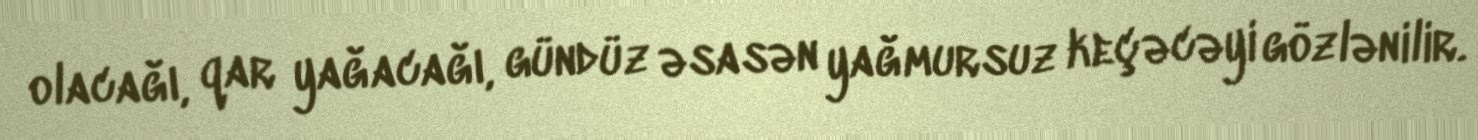
olacağı, qar yağacağı, gündüz əsasən yağmursuz keçəcəyi gözlənilir.